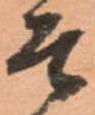
そ